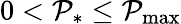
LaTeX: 0<\mathcal{P}_{*}\le\mathcal{P}_{\operatorname*{max}}